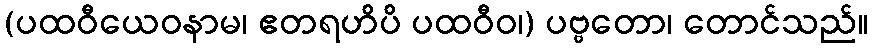
(ပထဝီယေဝနာမ၊ ဧတရဟိပိ ပထဝီဝ၊) ပဗ္ဗတော၊ တောင်သည်။